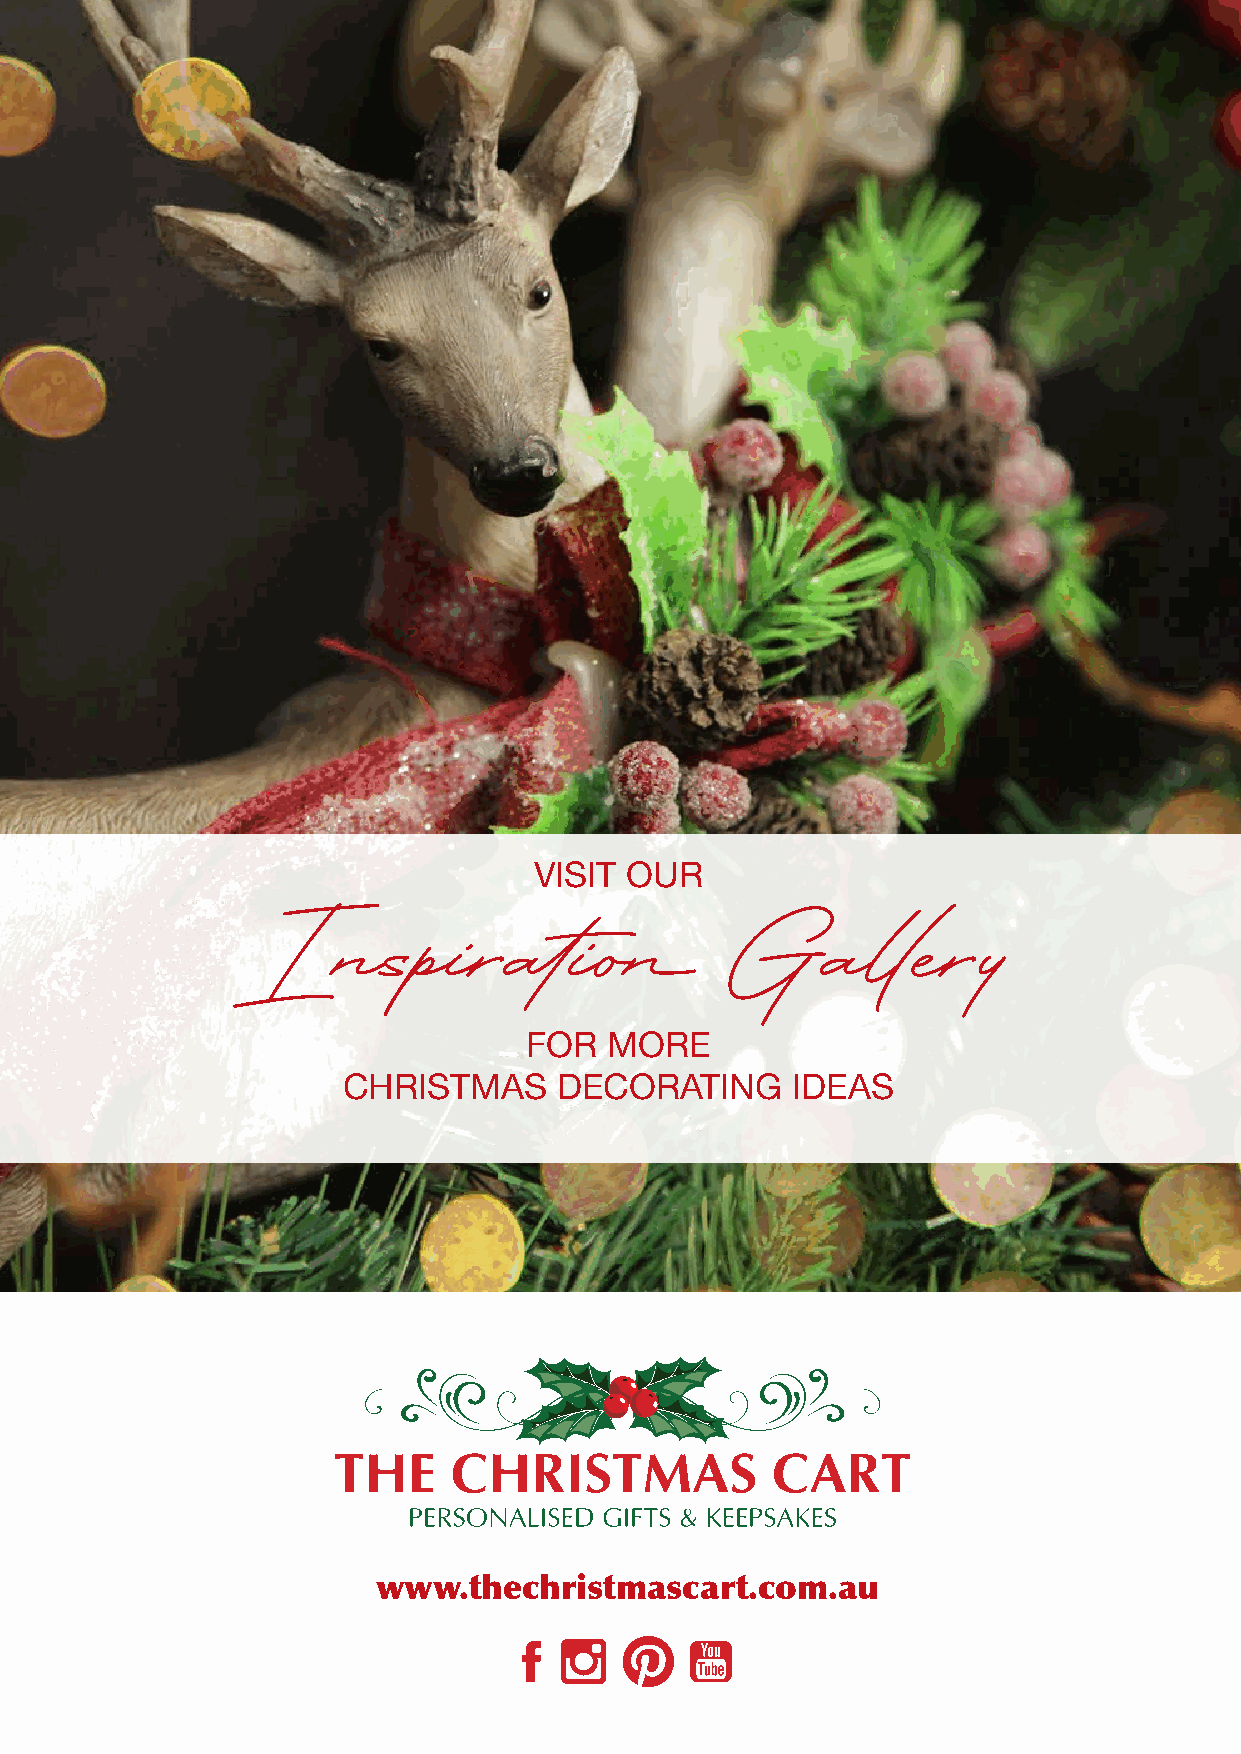
VISIT OUR
 Inspiration                     Gallery
 FOR  MORE
 CHRISTMAS     DECORATING     IDEAS
 www.thechristmascart.com.au